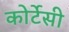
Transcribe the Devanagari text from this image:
कोर्टेसी